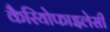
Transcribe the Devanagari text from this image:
कैरियोफाइलेसी